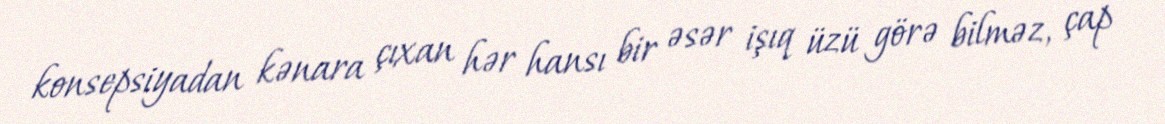
konsepsiyadan kənara çıxan hər hansı bir əsər işıq üzü görə bilməz, çap